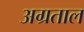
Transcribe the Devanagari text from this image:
अग्रताल